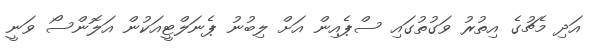
އަދި މެޗުގެ އިތުރު ވަގުތުގައި ސްޕެއިން އަށް ލިބުނު ޕެނަލްޓީއަކުން އަލޮންސޯ ވަނީ